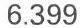
6.399